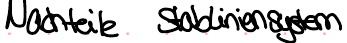
Nachteile Stabliniensystem